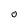
Character: 0